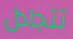
تتجادل